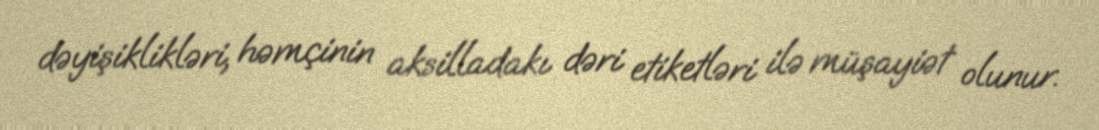
dəyişiklikləri, həmçinin aksilladakı dəri etiketləri ilə müşayiət olunur.